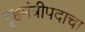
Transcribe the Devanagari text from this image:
गृहमंत्रीपदाचा